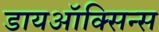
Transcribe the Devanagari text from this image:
डायऑक्सिन्स